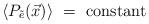
\begin{align*}\langle P_{\tilde e}(\vec x)\rangle~=~{\rm constant}\end{align*}